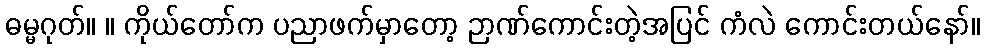
ဓမ္မဂုတ်။ ။ ကိုယ်တော်က ပညာဖက်မှာတော့ ဉာဏ်ကောင်းတဲ့အပြင် ကံလဲ ကောင်းတယ်နော်။